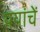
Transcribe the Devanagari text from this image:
ययांचें